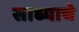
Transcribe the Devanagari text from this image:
साध्याचे